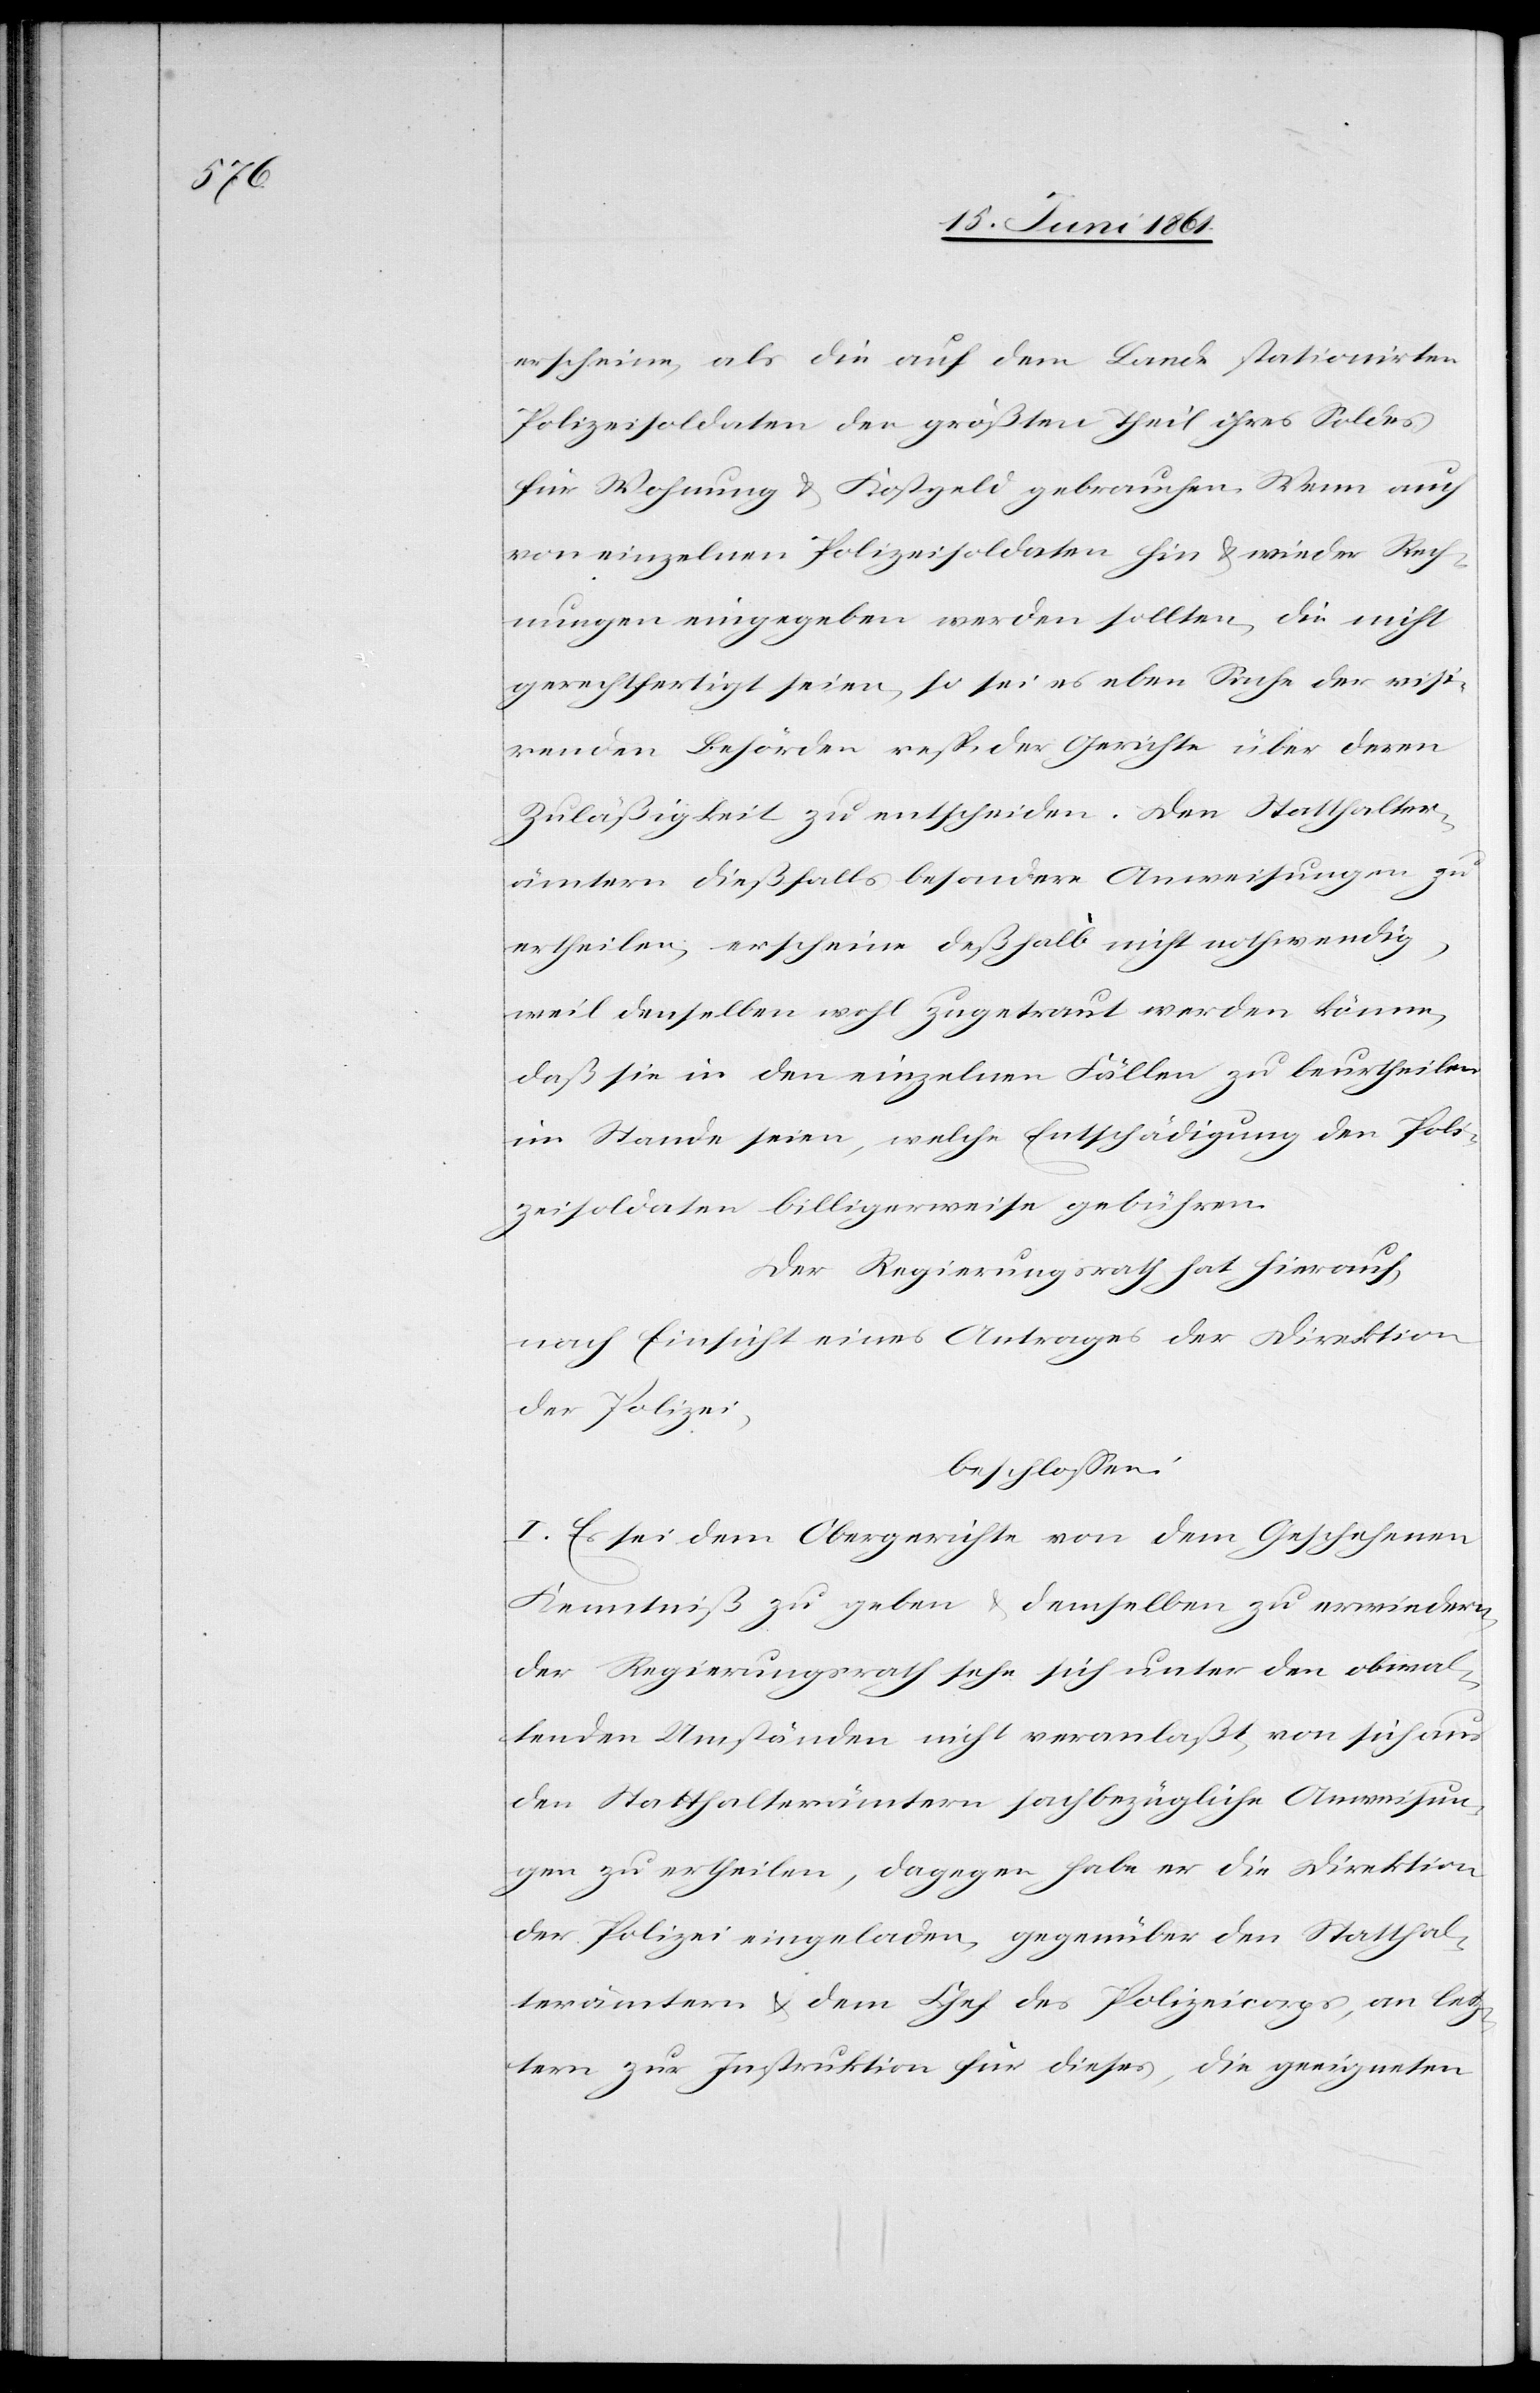
erscheine, als die auf dem Lande stationirten
Polizeisoldaten den größten Theil ihres Soldes
für Wohnung u. Kostgeld gebrauchen. Wenn auch
von einzelnen Polizeisoldaten hin u. wieder Rech¬
nungen eingegeben werden sollten, die nicht
gerechtfertigt seien, so sei es eben Sache der visi¬
renden Behörden resp. der Gerichte über deren
Zuläßigkeit zu entscheiden. Den Statthalter¬
ämtern dießfalls besondere Anweisungen zu
ertheilen, erscheine deßhalb nicht nothwendig,
weil denselben wohl zugetraut werden könne,
daß sie in den einzelnen Fällen zu beurtheilen
im Stande seien, welche Entschädigung den Poli¬
zeisoldaten billigerweise gebühren.
Der Regierungsrath hat hierauf,
nach Einsicht eines Antrages der Direktion
der Polizei,
beschlossen:
I. Es sei dem Obergerichte von dem Geschehenen
Kenntniß zu geben u. demselben zu erwiedern,
der Regierungsrath sehe sich unter den obwal¬
tenden Umständen nicht veranlaßt, von sich aus
den Statthalterämtern sachbezügliche Anweisun¬
gen zu ertheilen, dagegen habe er die Direktion
der Polizei eingeladen, gegenüber den Statthal¬
terämtern u. dem Chef des Polizeicorps, an letz¬
tern zur Instruktion für dieses, die geeigneten